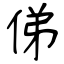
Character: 俤